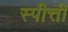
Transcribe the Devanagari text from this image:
स्पीत्ती